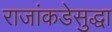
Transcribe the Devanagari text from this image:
राजांकडेसुद्धा